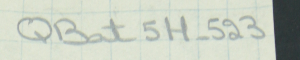
QBat5H-523